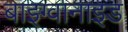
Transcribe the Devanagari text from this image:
बाइग्वानाइड